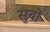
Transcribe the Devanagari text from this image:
सुबों